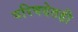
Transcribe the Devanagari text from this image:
परिषदेतही